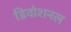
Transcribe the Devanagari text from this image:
डिवोशनल